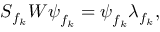
S _ { f _ { k } } W \boldsymbol \psi _ { f _ { k } } = \boldsymbol \psi _ { f _ { k } } \lambda _ { f _ { k } } ,